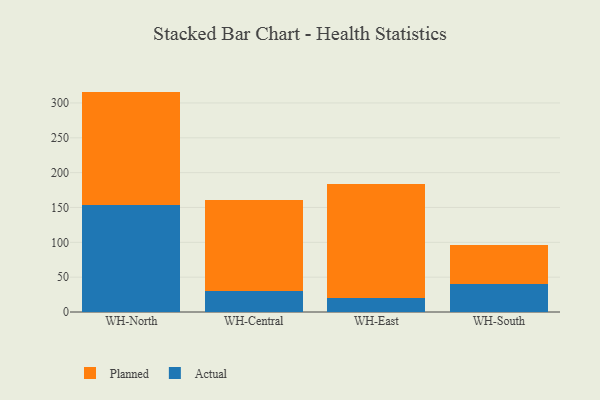
{"axis": {"x": "Warehouse", "y": "LTV (USD)"}, "legend": ["Actual", "Planned"], "data": [{"x": "WH-North", "y": 153.2, "type": "Actual"}, {"x": "WH-North", "y": 163.1, "type": "Planned"}, {"x": "WH-Central", "y": 30.3, "type": "Actual"}, {"x": "WH-Central", "y": 131.1, "type": "Planned"}, {"x": "WH-East", "y": 19.8, "type": "Actual"}, {"x": "WH-East", "y": 163.3, "type": "Planned"}, {"x": "WH-South", "y": 40.3, "type": "Actual"}, {"x": "WH-South", "y": 56.5, "type": "Planned"}]}